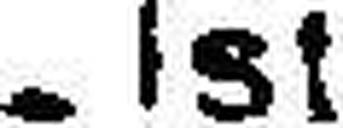
-Ist